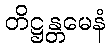
တိဋ္ဌန္တမေနံ